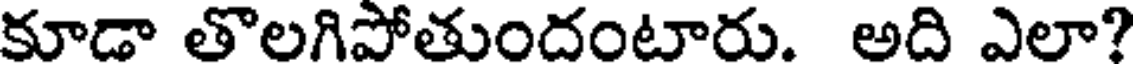
కూడా తొలగిపోతుందంటారు. అది ఎలా?